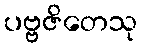
ပဗ္ဗဇိတေသု